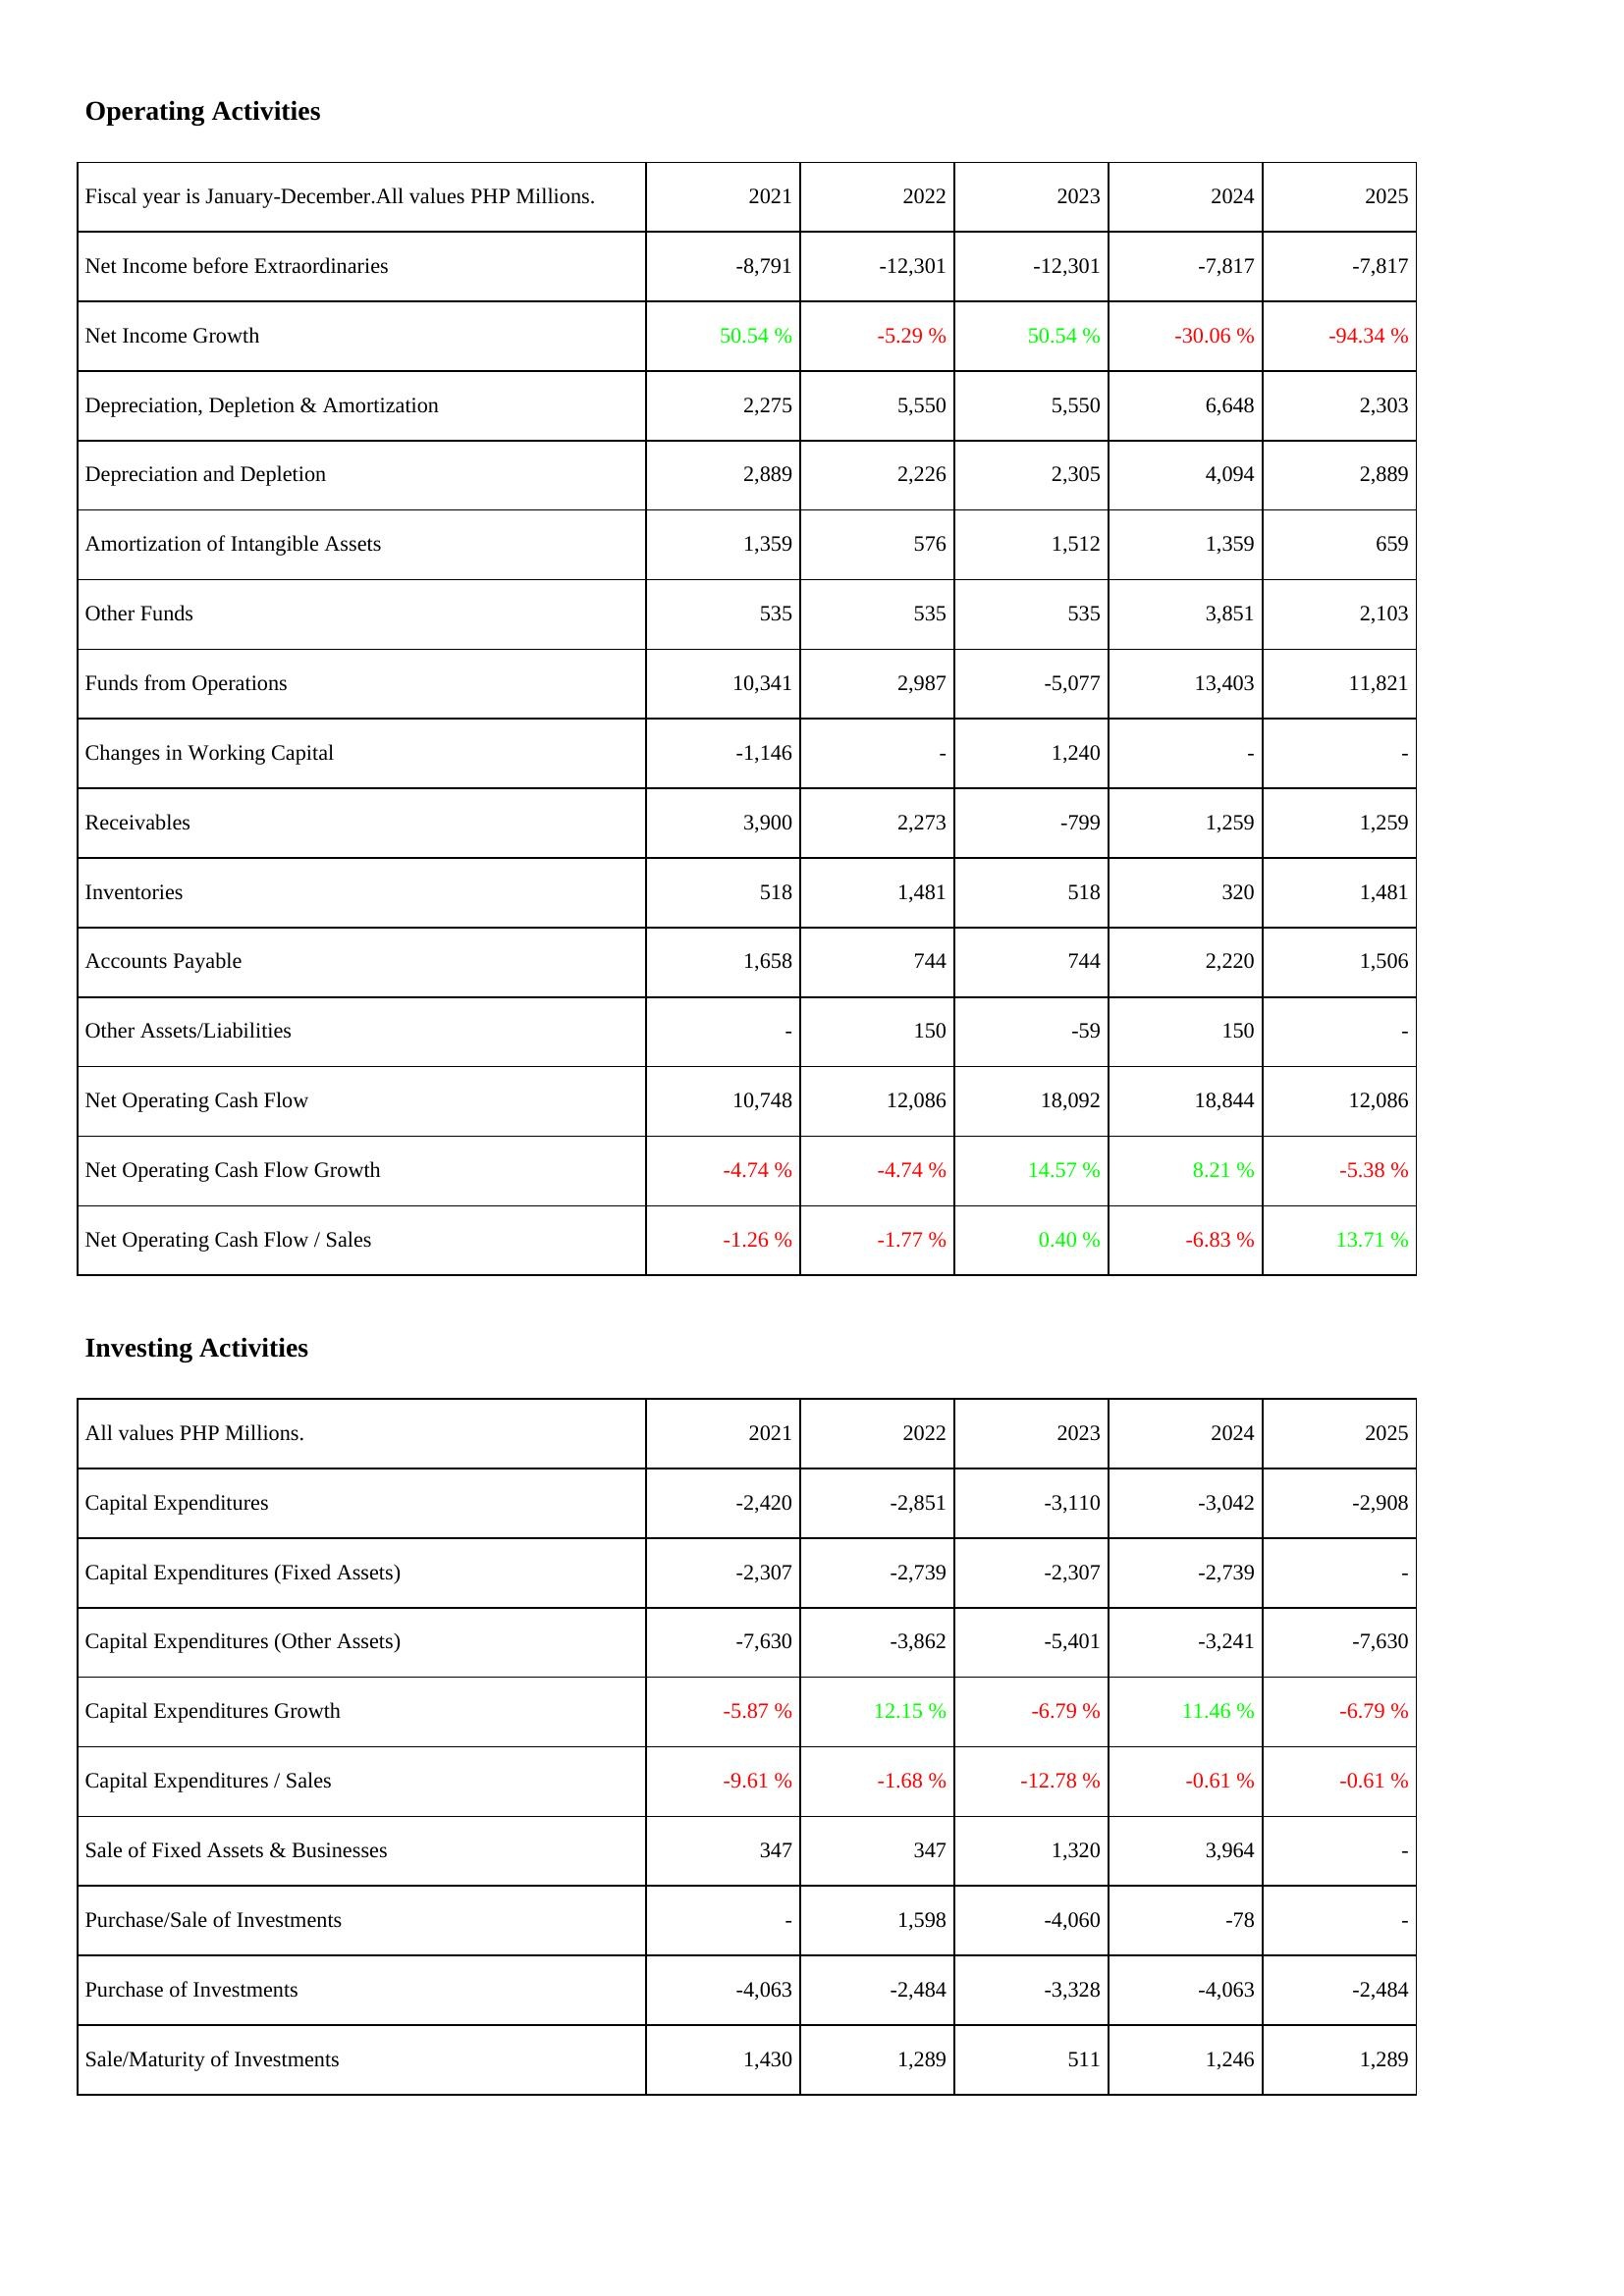
2021: Operating Activities: Net Income before Extraordinaries: -8,791
Net Income Growth: 50.54 %
Depreciation, Depletion & Amortization: 2,275
Depreciation and Depletion: 2,889
Amortization of Intangible Assets: 1,359
Other Funds: 535
Funds from Operations: 10,341
Changes in Working Capital: -1,146
Receivables: 3,900
Inventories: 518
Accounts Payable: 1,658
Other Assets/Liabilities: -
Net Operating Cash Flow: 10,748
Net Operating Cash Flow Growth: -4.74 %
Net Operating Cash Flow / Sales: -1.26 %
Investing Activities: Capital Expenditures: -2,420
Capital Expenditures (Fixed Assets): -2,307
Capital Expenditures (Other Assets): -7,630
Capital Expenditures Growth: -5.87 %
Capital Expenditures / Sales: -9.61 %
Sale of Fixed Assets & Businesses: 347
Purchase/Sale of Investments: -
Purchase of Investments: -4,063
Sale/Maturity of Investments: 1,430
2022: Operating Activities: Net Income before Extraordinaries: -12,301
Net Income Growth: -5.29 %
Depreciation, Depletion & Amortization: 5,550
Depreciation and Depletion: 2,226
Amortization of Intangible Assets: 576
Other Funds: 535
Funds from Operations: 2,987
Changes in Working Capital: -
Receivables: 2,273
Inventories: 1,481
Accounts Payable: 744
Other Assets/Liabilities: 150
Net Operating Cash Flow: 12,086
Net Operating Cash Flow Growth: -4.74 %
Net Operating Cash Flow / Sales: -1.77 %
Investing Activities: Capital Expenditures: -2,851
Capital Expenditures (Fixed Assets): -2,739
Capital Expenditures (Other Assets): -3,862
Capital Expenditures Growth: 12.15 %
Capital Expenditures / Sales: -1.68 %
Sale of Fixed Assets & Businesses: 347
Purchase/Sale of Investments: 1,598
Purchase of Investments: -2,484
Sale/Maturity of Investments: 1,289
2023: Operating Activities: Net Income before Extraordinaries: -12,301
Net Income Growth: 50.54 %
Depreciation, Depletion & Amortization: 5,550
Depreciation and Depletion: 2,305
Amortization of Intangible Assets: 1,512
Other Funds: 535
Funds from Operations: -5,077
Changes in Working Capital: 1,240
Receivables: -799
Inventories: 518
Accounts Payable: 744
Other Assets/Liabilities: -59
Net Operating Cash Flow: 18,092
Net Operating Cash Flow Growth: 14.57 %
Net Operating Cash Flow / Sales: 0.40 %
Investing Activities: Capital Expenditures: -3,110
Capital Expenditures (Fixed Assets): -2,307
Capital Expenditures (Other Assets): -5,401
Capital Expenditures Growth: -6.79 %
Capital Expenditures / Sales: -12.78 %
Sale of Fixed Assets & Businesses: 1,320
Purchase/Sale of Investments: -4,060
Purchase of Investments: -3,328
Sale/Maturity of Investments: 511
2024: Operating Activities: Net Income before Extraordinaries: -7,817
Net Income Growth: -30.06 %
Depreciation, Depletion & Amortization: 6,648
Depreciation and Depletion: 4,094
Amortization of Intangible Assets: 1,359
Other Funds: 3,851
Funds from Operations: 13,403
Changes in Working Capital: -
Receivables: 1,259
Inventories: 320
Accounts Payable: 2,220
Other Assets/Liabilities: 150
Net Operating Cash Flow: 18,844
Net Operating Cash Flow Growth: 8.21 %
Net Operating Cash Flow / Sales: -6.83 %
Investing Activities: Capital Expenditures: -3,042
Capital Expenditures (Fixed Assets): -2,739
Capital Expenditures (Other Assets): -3,241
Capital Expenditures Growth: 11.46 %
Capital Expenditures / Sales: -0.61 %
Sale of Fixed Assets & Businesses: 3,964
Purchase/Sale of Investments: -78
Purchase of Investments: -4,063
Sale/Maturity of Investments: 1,246
2025: Operating Activities: Net Income before Extraordinaries: -7,817
Net Income Growth: -94.34 %
Depreciation, Depletion & Amortization: 2,303
Depreciation and Depletion: 2,889
Amortization of Intangible Assets: 659
Other Funds: 2,103
Funds from Operations: 11,821
Changes in Working Capital: -
Receivables: 1,259
Inventories: 1,481
Accounts Payable: 1,506
Other Assets/Liabilities: -
Net Operating Cash Flow: 12,086
Net Operating Cash Flow Growth: -5.38 %
Net Operating Cash Flow / Sales: 13.71 %
Investing Activities: Capital Expenditures: -2,908
Capital Expenditures (Fixed Assets): -
Capital Expenditures (Other Assets): -7,630
Capital Expenditures Growth: -6.79 %
Capital Expenditures / Sales: -0.61 %
Sale of Fixed Assets & Businesses: -
Purchase/Sale of Investments: -
Purchase of Investments: -2,484
Sale/Maturity of Investments: 1,289